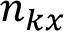
n _ { k x }